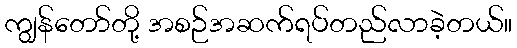
ကျွန်တော်တို့ အစဉ်အဆက်ရပ်တည်လာခဲ့တယ်။